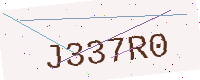
Text: J337R0